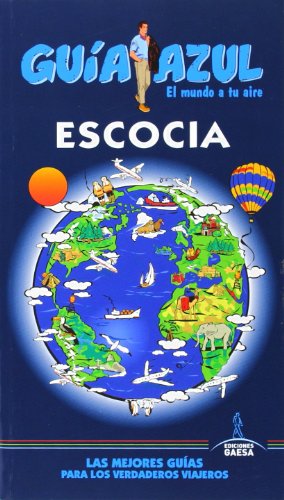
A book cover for Escocia 2014-15 / Scotland (GuÃ­a Azul) (Spanish Edition); Manuel Monreal Iglesia; Travel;